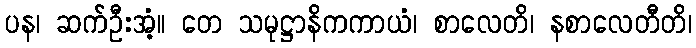
ပန၊ ဆက်ဦးအံ့။ တေ သမုဋ္ဌာနိကကာယံ၊ စာလေတိ၊ နစာလေတီတိ၊